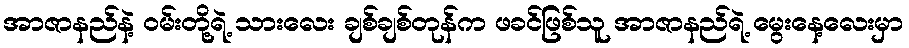
အာဇာနည်နဲ့ ဝမ်းတို့ရဲ့ သားလေး ချစ်ချစ်တုန်က ဖခင်ဖြစ်သူ အာဇာနည်ရဲ့ မွေးနေ့လေးမှာ